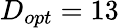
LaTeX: D_{opt}=13